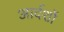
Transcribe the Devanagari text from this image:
आर्दशों